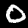
Digit: 0